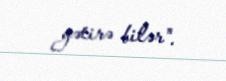
gətirə bilər".